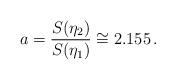
LaTeX: \begin{align*}a=\frac{S(\eta _{2})}{S(\eta _{1})}\cong 2.155\, .\end{align*}